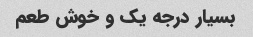
بسیار درجه یک و خوش طعم